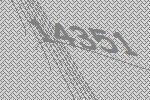
14351